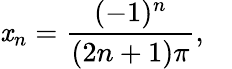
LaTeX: \mathit{x}_{n}={\frac{{(-1)^{n}}}{{(2n+1)\pi}}},\quad